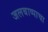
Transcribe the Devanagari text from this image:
जलबाष्पाचा